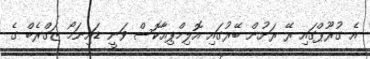
އެ ގުރޫޕްގައި ރޭ ރަށުން ބޭރުގައި އޮލިމްޕިއާކޮސް ވަނީ ޑައިނަމޯ ޒަގްރެބް ގެ